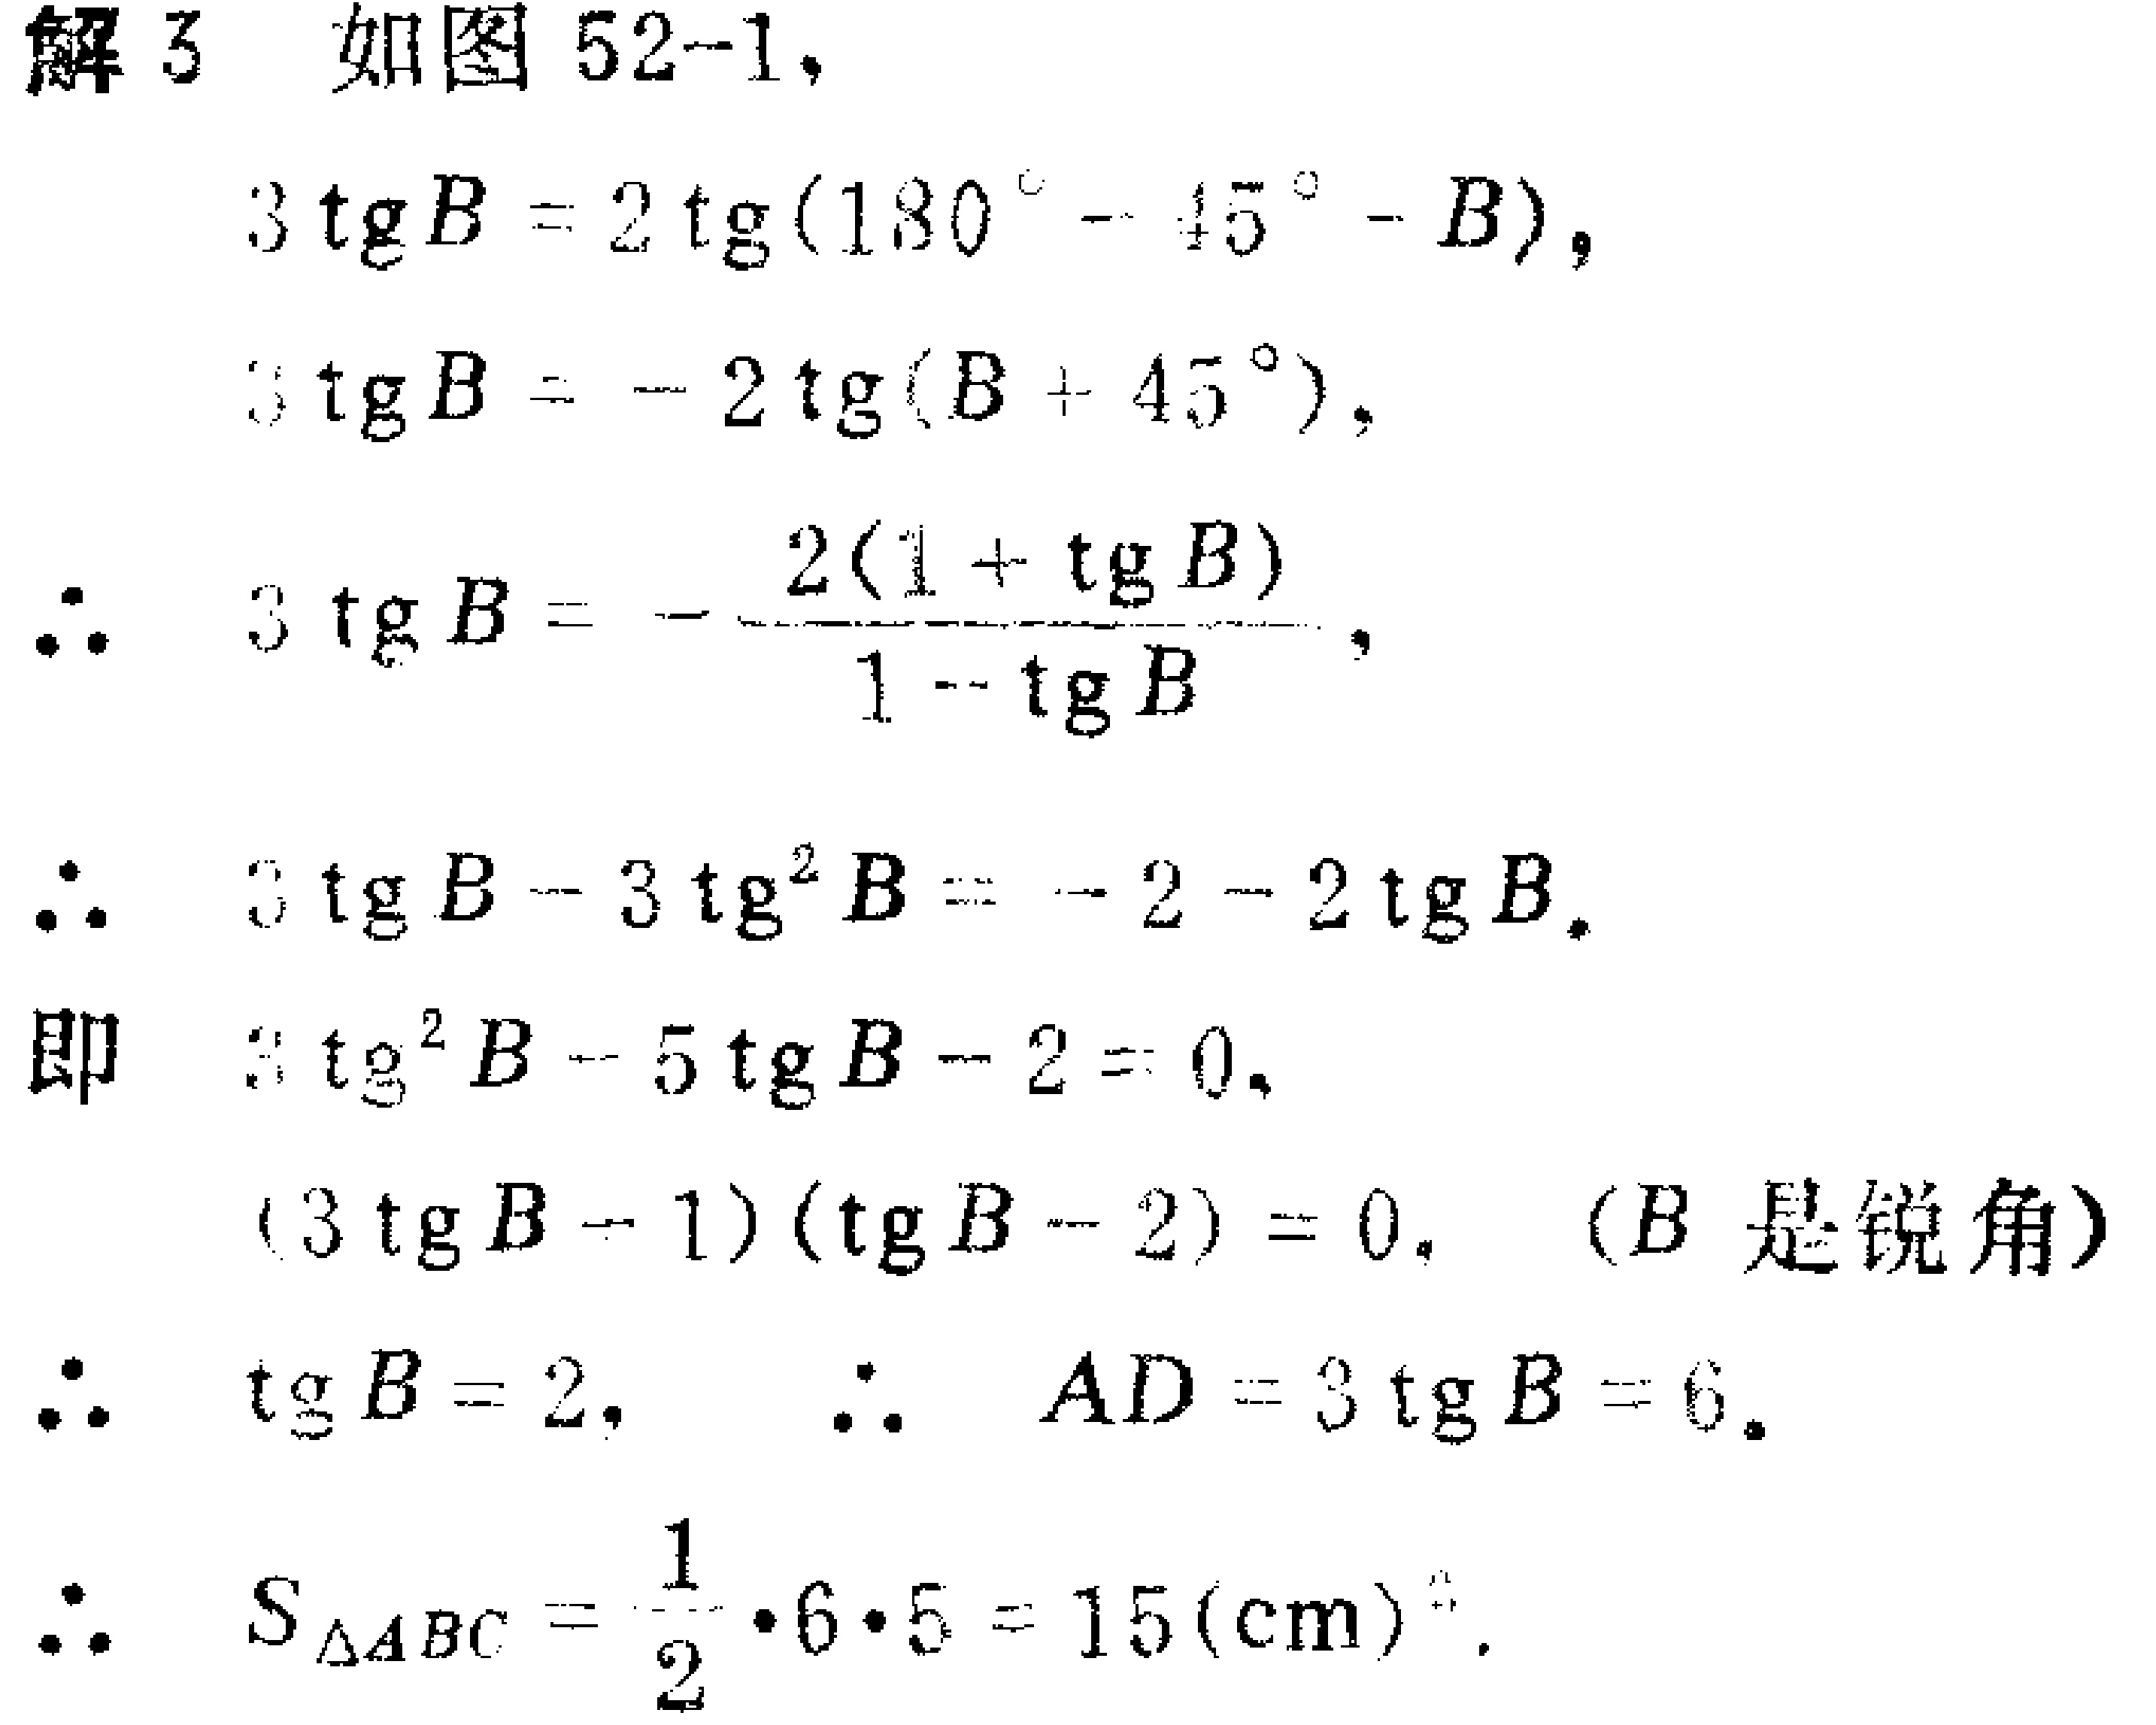
解3 如图52-1，
\[
\begin{align*}
3\mathrm{tg}B&=2\mathrm{tg}(180^{\circ}- 45^{\circ}-B),\\
3\mathrm{tg}B&=-2\mathrm{tg}(B + 45^{\circ}),\\
\therefore 3\mathrm{tg}B&=-\frac{2(1+\mathrm{tg}B)}{1-\mathrm{tg}B},\\
\therefore 3\mathrm{tg}B - 3\mathrm{tg}^{2}B&=-2 - 2\mathrm{tg}B.\\
\text{即 }3\mathrm{tg}^{2}B - 5\mathrm{tg}B - 2&=0,\\
(3\mathrm{tg}B - 1)(\mathrm{tg}B - 2)&=0. \quad (B\text{ 是锐角})\\
\therefore \mathrm{tg}B&=2, \quad \therefore AD = 3\mathrm{tg}B = 6.\\
\therefore S_{\triangle ABC}&=\frac{1}{2}\cdot6\cdot5 = 15(\mathrm{cm})^{2}.
\end{align*}
\]